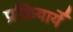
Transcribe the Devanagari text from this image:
प्रक्रियायेँ